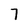
Character: 7